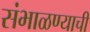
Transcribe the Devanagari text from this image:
संभाळण्याची